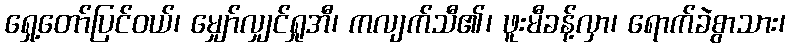
ရှေ့တော်ပြင်ဝယ်၊ မျှော်လျှင်ရှုအီ၊ ကလျက်သီ၏၊ ဖူးမီခန့်လှာ၊ ရောက်ခဲစွာသား၊